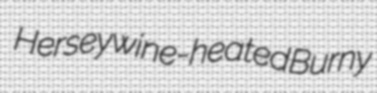
Hersey wine-heated Burny